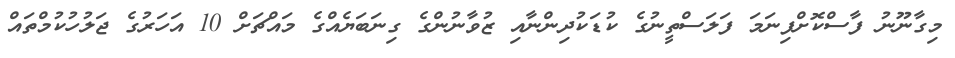
މިގާނޫނު ފާސްކޮށްފިނަމަ ފަލަސްތީނުގެ ކުޑަކުދިންނާއި ޒުވާނުންގެ ގިނަބަޔެއްގެ މައްޗަށް 10 އަހަރުގެ ޖަލުހުކުމްތައް